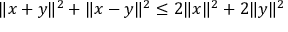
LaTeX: \| x + y \| ^ { 2 } + \| x - y \| ^ { 2 } \leq 2 \| x \| ^ { 2 } + 2 \| y \| ^ { 2 }